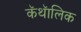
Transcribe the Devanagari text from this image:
कॅथॅालिक